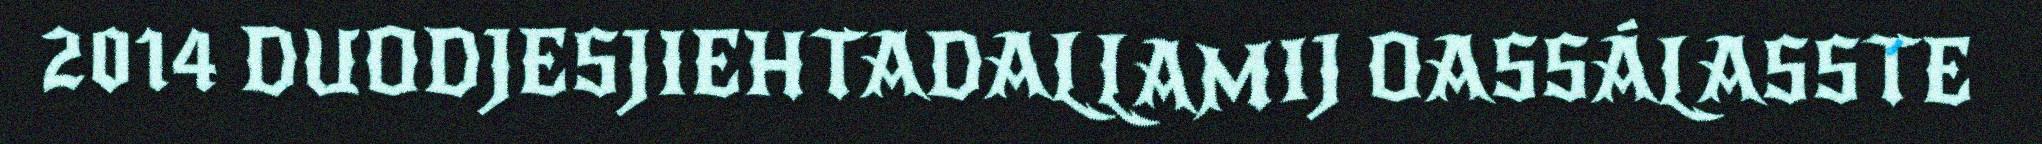
2014 DUODJESJIEHTADALLAMIJ OASSÁLASSTE